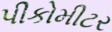
પીકોમીટર